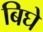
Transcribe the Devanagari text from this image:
बिघे